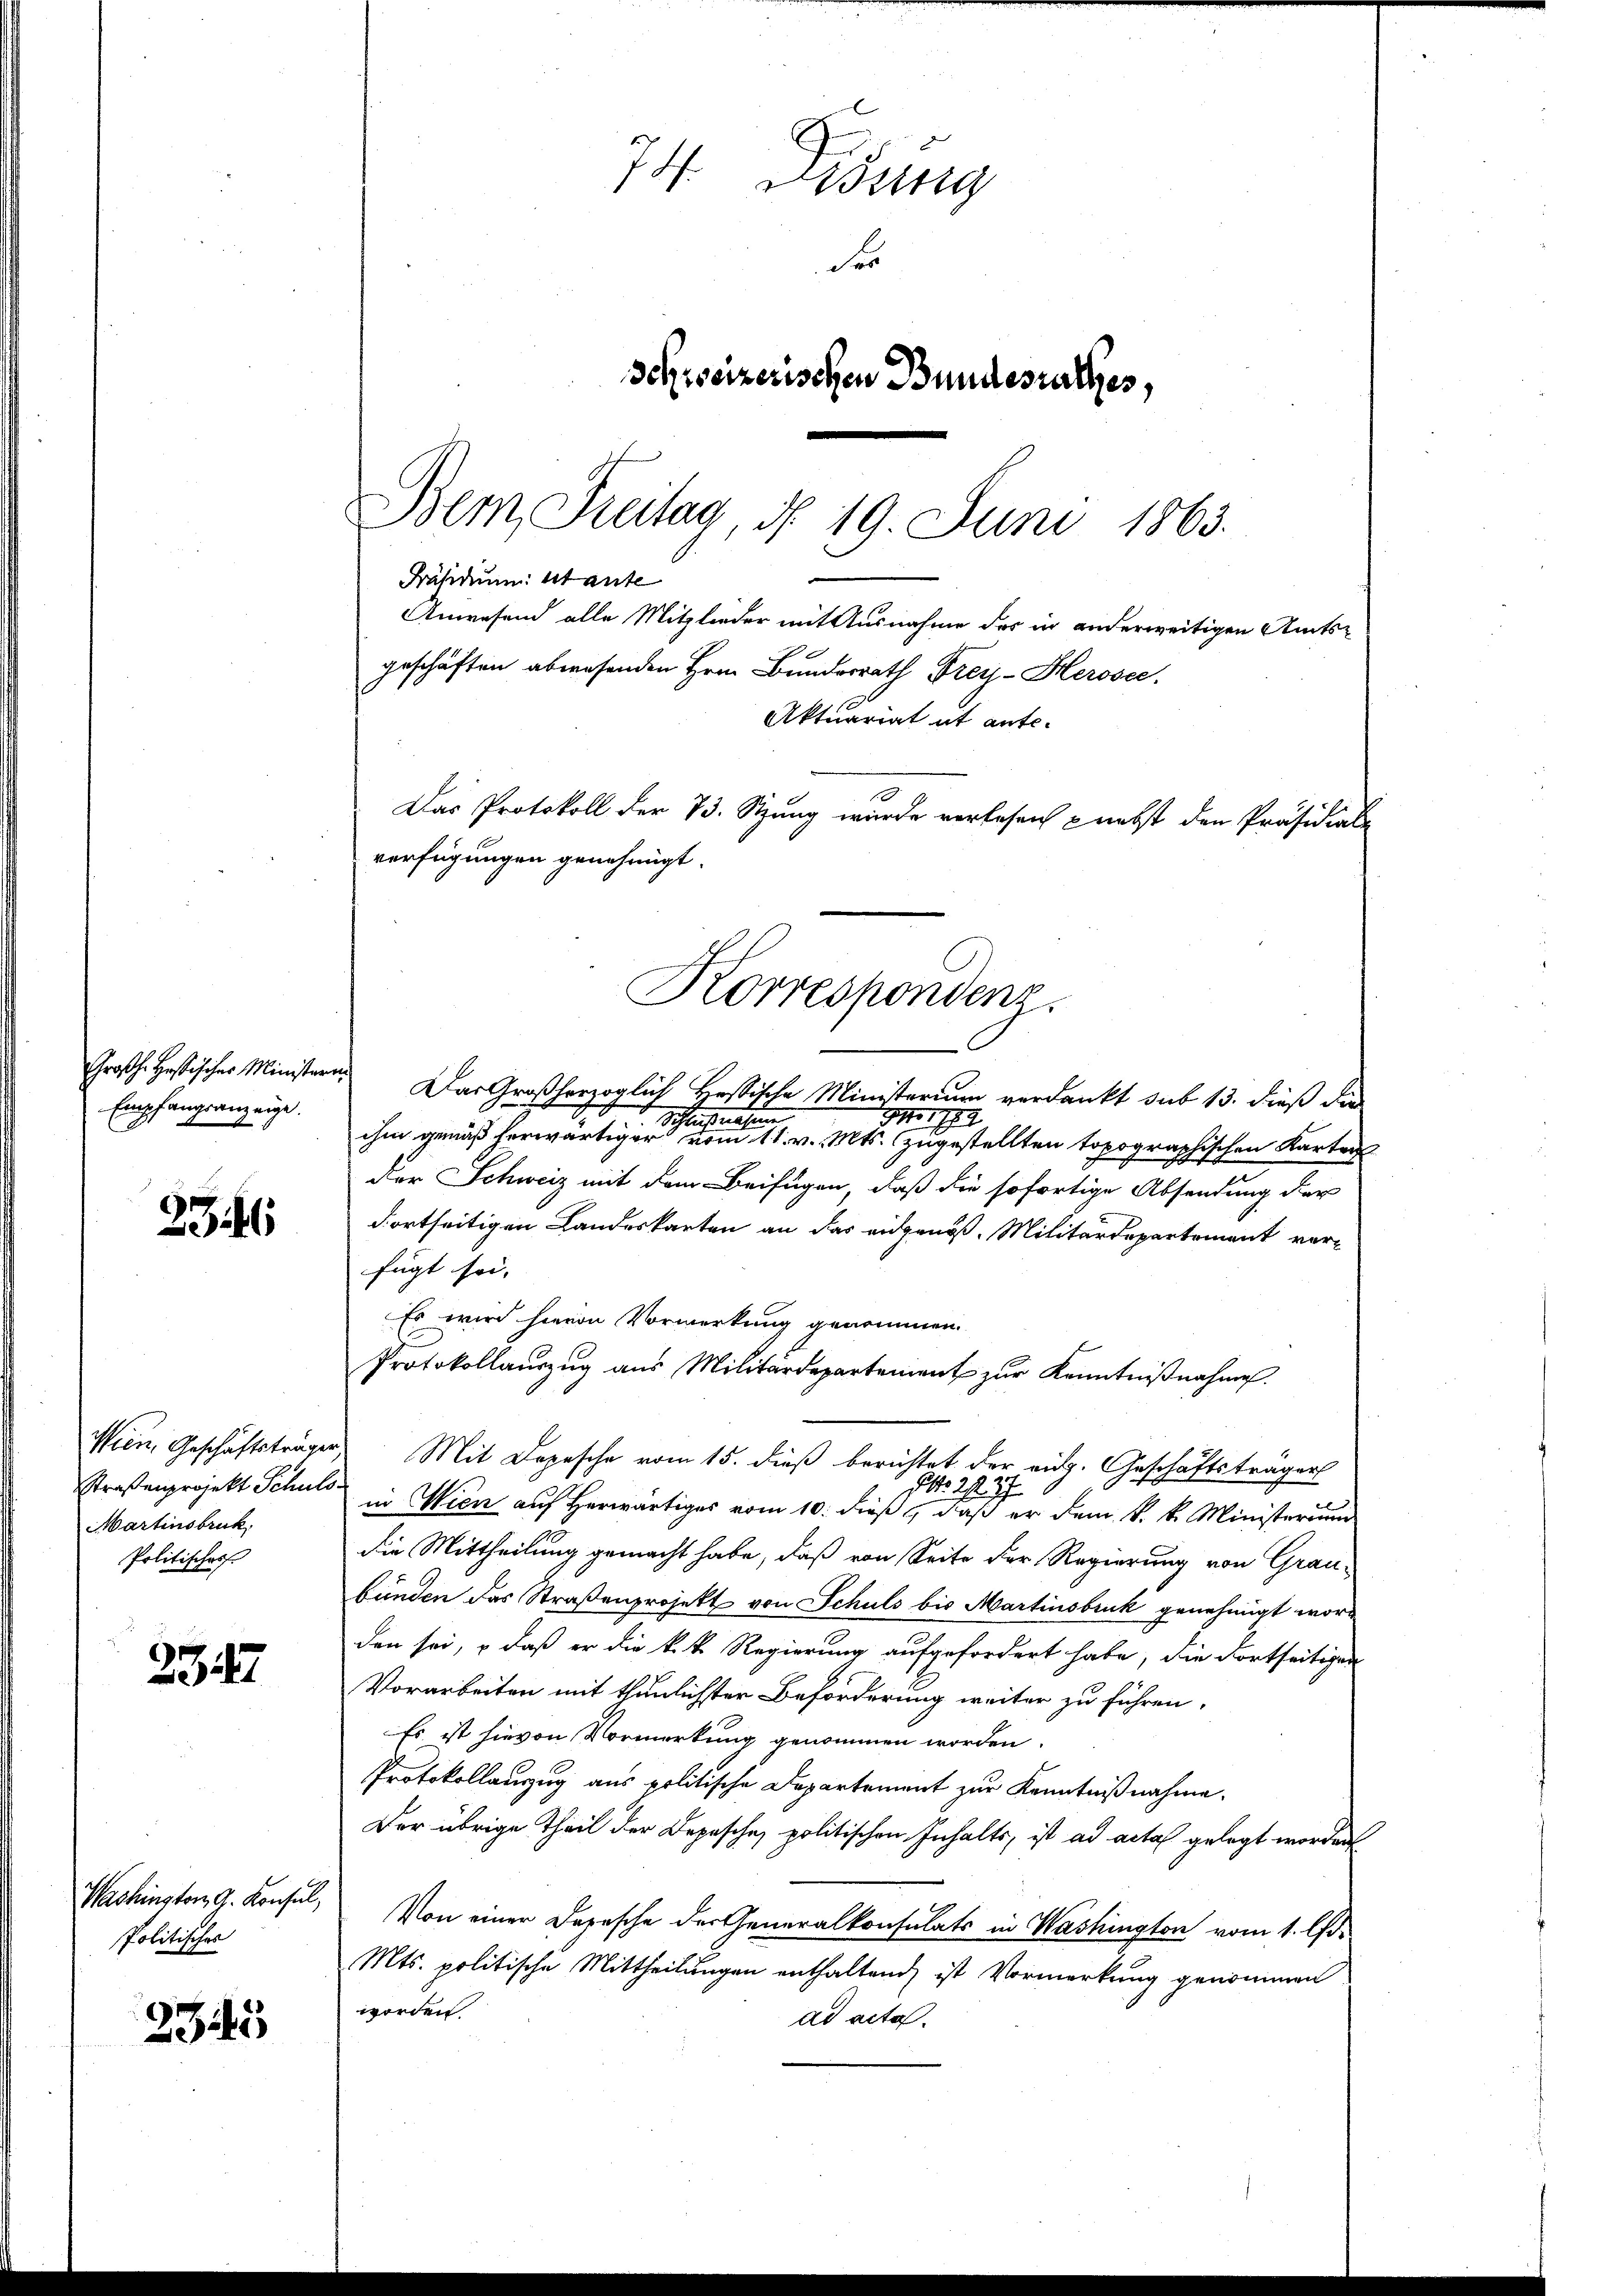
Großh. Hastischer Minister
Empfangsanzeige.

236

Wien, Geschäftsträger
Straßenprojekt Schuls
Martinsbruk.
Politischer

234

Washington G. Konsul
Politisches

3345

74. Dessing
Ser
Schweizerischen Bundesrathes,

Bem, Freitag, d. 19. Juni 1863.
Anwesend alle Mitglieder mit Ausnahme des in anderweitigen Amtsgeschäften abwesenden Hrn. Bundesrath Frey-Herosec.
Aktuariat it ante¬
Das Protokoll der 73. Stung wurde verlesen & nebst den Präsidial-
verfügungen genehmigt.
Korrespondenz.

Präsidium utante

Das Großherzoglich Hessische Ministerium verdankt sub 13. dieß die
e
Schlußnahme
ihm gemäß herwärtiger vom 11. v. Mts. Zugestellten topographischen Karten
Der Schweiz mit dem Beifügen, daß die sofortige Absendung der
dortseitigen Landeskarten an das eidgenöß. Militärdepartement verfügt sei- |
Es wird hievon Vormerkung genommen.
Protokollauszug aus Militärdepartement zur Kenntnißnahme.
Po 2237
in Wien auf Herwärtiges vom 10. dieß, daß er dem k. k. Ministerium
die Mittheilung gemacht habe, daß von Seite der Regierung von Grau-
bünden das Straßenprojekt von Schuls bis Martinsbruk genehmigt word
den sei, – daß er die k. k. Regierung aufgefordert habe, die dortseitigen
Vorarbeiten mit thunlichster Beförderung weiter zu führen.
Es ist hievon Vormerkung genommen worden.
Protokollanzug aus politische Departement zur Kenntnißnahme.
Der übrige Theil der Depesche politischen Inhalts, ist ad acta gelegt worden
Von einer Depesche der Generalkonsulats in Washington vom 1. li¬
Mts. politische Mittheilungen enthaltend ist Vormerkung genommen
worden.
ad acta.

Mit Depesche vom 15. dieß berichtet der eidg. Geschäftsträger